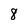
Character: 8